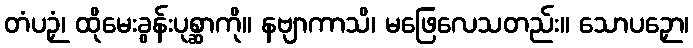
တံပဉှံ၊ ထိုမေးခွန်းပုစ္ဆာကို။ နဗျာကာသိ၊ မဖြေလေသတည်း။ သောပဉှော၊